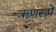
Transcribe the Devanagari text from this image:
ऋणरूपे